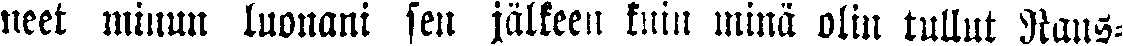
neet minun luonani sen jälkeen kuin minä olin tullut Rans-